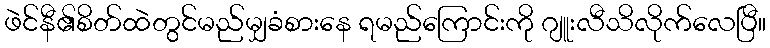
ဖဲင်နီ၏စိတ်ထဲတွင်မည်မျှခံစားနေ ရမည်ကြောင်းကို ဂျူးလီသိလိုက်လေပြီ။